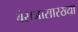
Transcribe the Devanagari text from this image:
बेसनासारख्या